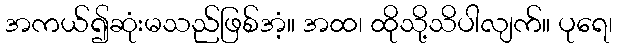
အကယ်၍ဆုံးမသည်ဖြစ်အံ့။ အထ၊ ထိုသို့သိပါလျက်။ ပုရေ၊